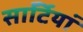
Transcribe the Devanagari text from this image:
साॅर्टियां